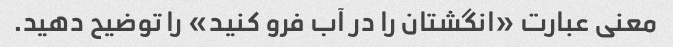
معنی عبارت «انگشتان را در آب فرو کنید» را توضیح دهید.